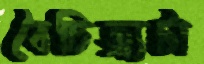
বৈচিত্র্যটা